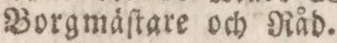
Borgmáſtare och Råd.